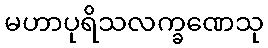
မဟာပုရိသလက္ခဏေသု